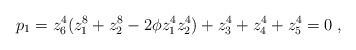
\begin{align*}p_1 = z_6^4(z_1^8 + z_2^8-2\phi z_1^4z_2^4)+z_3^4+z_4^4+z_5^4=0\; ,\end{align*}